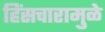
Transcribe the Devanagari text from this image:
हिंसचारामुळे